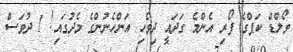
ވޯލްޑް ކަޕްގެ ފޯރި އެންމެ ގަދައީ ދިވެހި އަންހެނުންގެ މެދުގައި! 1 ދުވަސް